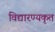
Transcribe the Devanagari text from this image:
विद्यारण्यकृत